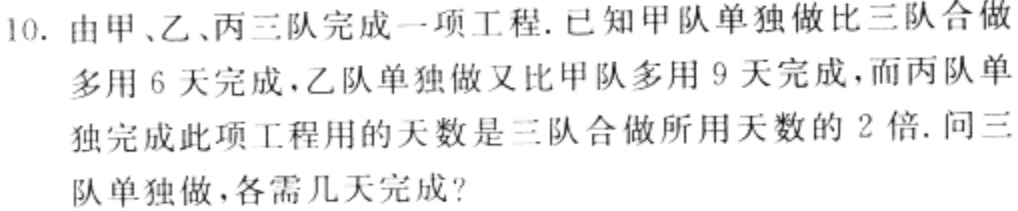
10. 由甲、乙、丙三队完成一项工程. 已知甲队单独做比三队合做多用 6 天完成，乙队单独做又比甲队多用 9 天完成，而丙队单独完成此项工程用的天数是三队合做所用天数的 2 倍. 问三队单独做，各需几天完成？